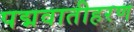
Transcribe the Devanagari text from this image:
पद्मवातीहरण